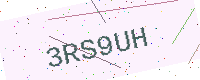
Text: 3RS9UH